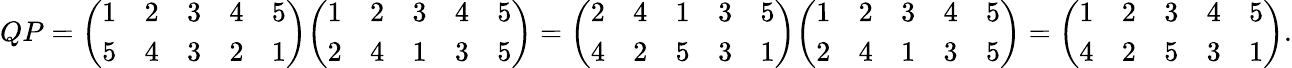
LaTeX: QP={\left(\begin{array}{lllll}{1}&{2}&{3}&{4}&{5}\\ {5}&{4}&{3}&{2}&{1}\end{array}\right)}{\left(\begin{array}{lllll}{1}&{2}&{3}&{4}&{5}\\ {2}&{4}&{1}&{3}&{5}\end{array}\right)}={\left(\begin{array}{lllll}{2}&{4}&{1}&{3}&{5}\\ {4}&{2}&{5}&{3}&{1}\end{array}\right)}{\left(\begin{array}{lllll}{1}&{2}&{3}&{4}&{5}\\ {2}&{4}&{1}&{3}&{5}\end{array}\right)}={\left(\begin{array}{lllll}{1}&{2}&{3}&{4}&{5}\\ {4}&{2}&{5}&{3}&{1}\end{array}\right)}.